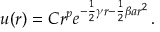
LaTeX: u ( r ) = C r ^ { p } e ^ { - { \frac { 1 } { 2 } } \gamma r - { \frac { 1 } { 2 } } \beta a r ^ { 2 } } \, .